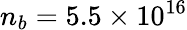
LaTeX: n_{b}=5.5\times 10^{16}